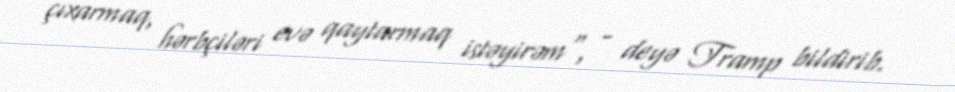
çıxarmaq, hərbçiləri evə qaytarmaq istəyirəm", - deyə Tramp bildirib.